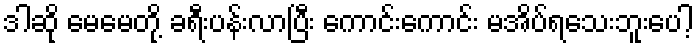
ဒါဆို မေမေတို့ ခရီးပန်းလာပြီး ကောင်းကောင်း မအိပ်ရသေးဘူးပေါ့